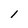
Character: 1